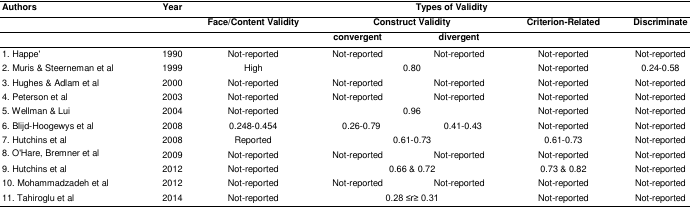
| Authors | Year | <COLSPAN=5> Types of Validity |
 |  |  | Face/Content Validity | <COLSPAN=2> Construct Validity | Criterion-Related | Discriminate |
 |  |  |  | convergent | divergent |  |  |
 | --- | --- | --- | --- | --- | --- | --- |
 | 1. Happe' | 1990 | Not-reported | Not-reported | Not-reported | Not-reported | Not-reported |
 | 2. Muris & Steerneman et al | 1999 | High | <COLSPAN=2> 0.80 | Not-reported | 0.24-0.58 |
 | 3. Hughes & Adlam et al | 2000 | Not-reported | Not-reported | Not-reported | Not-reported | Not-reported |
 | 4. Peterson et al | 2003 | Not-reported | Not-reported | Not-reported | Not-reported | Not-reported |
 | 5. Wellman & Lui | 2004 | Not-reported | <COLSPAN=2> 0.96 | Not-reported | Not-reported |
 | 6. Blijd-Hoogewys et al | 2008 | 0.248-0.454 | 0.26-0.79 | 0.41-0.43 | Not-reported | Not-reported |
 | 7. Hutchins et al | 2008 | Reported | <COLSPAN=2> 0.61-0.73 | 0.61-0.73 | Not-reported |
 | 8. O'Hare, Bremner et al | 2009 | Not-reported | Not-reported | Not-reported | Not-reported | Not-reported |
 | 9. Hutchins et al | 2012 | Not-reported | <COLSPAN=2> 0.66 & 0.72 | 0.73 & 0.82 | Not-reported |
 | 10. Mohammadzadeh et al | 2012 | Not-reported | Not-reported | Not-reported | Not-reported | Not-reported |
 | 11. Tahiroglu et al | 2014 | Not-reported | <COLSPAN=2> 0.28 ≤r≥ 0.31 | Not-reported | Not-reported |